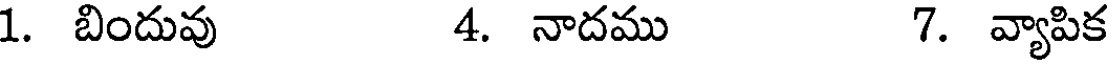
1. బిందువు 4. నాదము 7. వ్యాపిక